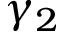
\gamma _ { 2 }